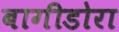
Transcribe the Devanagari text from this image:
बागीडोरा